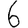
Digit: 6